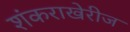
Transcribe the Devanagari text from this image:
शंकराखेरीज